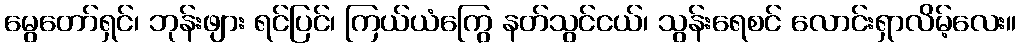
မွေတော်ရှင်၊ ဘုန်းဖျား ရင်ပြင်၊ ကြယ်ယံကြွေ နတ်သွင်ငယ်၊ သွန်းရေစင် လောင်းရှာလိမ့်လေး။